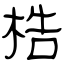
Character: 梏